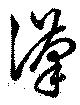
漢